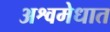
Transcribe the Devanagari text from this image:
अश्वमेधात